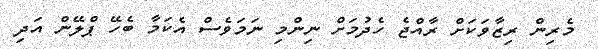
މެރިން ރިޒާވަކަށް ރާއްޖެ ހެދުމަށް ނިންމި ނަމަވެސް އެކަމާ ބެހޭ ޕްލޭން އަދި